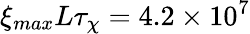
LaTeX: \xi_{max}L\tau_{\chi}=4.2\times 10^{7}